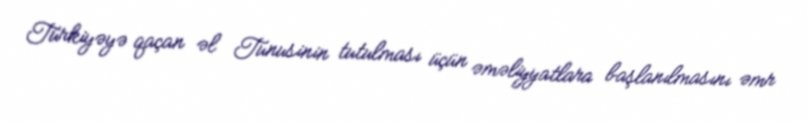
Türkiyəyə qaçan əl Tunusinin tutulması üçün əməliyyatlara başlanılmasını əmr